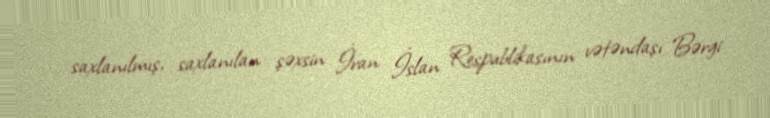
saxlanılmış, saxlanılan şəxsin İran İslan Respublikasının vətəndaşı Bərgi